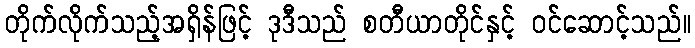
တိုက်လိုက်သည့်အရှိန်ဖြင့် ဒုဒီသည် စတီယာတိုင်နှင့် ဝင်ဆောင့်သည်။